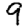
Digit: 9